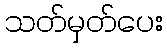
သတ်မှတ်ပေး